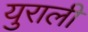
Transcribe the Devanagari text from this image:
युराली